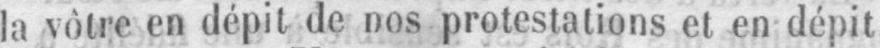
la vôtre en dépit de nos protestations et en dépit